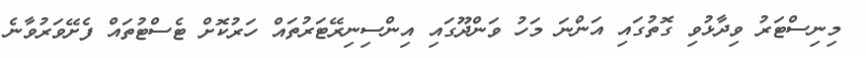
މިނިސްޓަރު ވިދާޅުވި ގޮތުގައި އަންނަ މަހު ވަންދޫގައި އިންސިނިރޭޓަރުތައް ހަރުކޮށް ޓެސްޓުތައް ފެށޭވަރުވާނެ